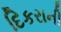
દિકરાની